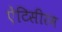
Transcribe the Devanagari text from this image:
ऐंटिसीरम